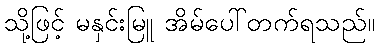
သို့ဖြင့် မနှင်းမြူ အိမ်ပေါ်တက်ရသည်။